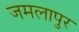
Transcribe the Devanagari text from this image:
जमलापुर